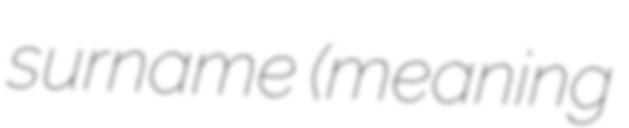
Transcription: surname (meaning